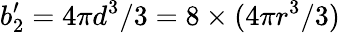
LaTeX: b_{2}^{\prime}=4\pi d^{3}/3=8\times(4\pi r^{3}/3)